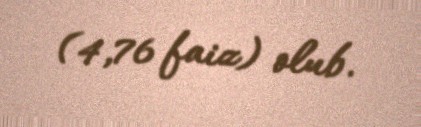
(4,76 faiz) olub.